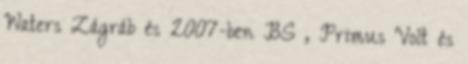
Waters Zágráb és 2007-ben BS , Primus Volt és